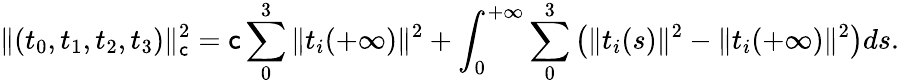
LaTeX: \| (t_{0},t_{1},t_{2},t_{3})\| _{\mathsf{c}}^{2}=\mathsf{c}\sum_{0}^{3}\| t_{i}(+\infty)\| ^{2}+\int_{0}^{+\infty}\sum_{0}^{3}\left(\| t_{i}(s)\| ^{2}-\| t_{i}(+\infty)\| ^{2}\right)ds.